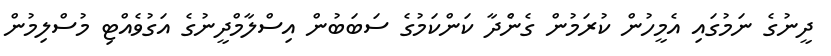
ދީނުގެ ނަމުގައި އެމީހުން ކުރަމުން ގެންެދާ ކަންކަމުގެ ސަބަބުން އިސްލާމްދީނުގެ އަގުވެއްޓި މުސްލިމުން